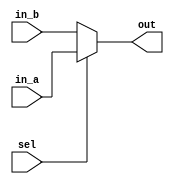
// 55:035 sisc processor project
// 32-bit mux

`timescale 1ns/100ps

module mux32 (in_a, in_b, sel, out);

  /*
   *  32-BIT MULTIPLEXER - mux32.v
   *
   *  Inputs:
   *   - in_a (32 bits): First input to multiplexer. Selected when sel = 1.
   *   - in_b (32 bits): Second input. Selected when sel = 0.
   *   - sel: Selects which input propagates to output.
   *
   *  Outputs:
   *   - out (32 bits): Multiplexer output.
   *
   */

  input  [31:0] in_a;
  input  [31:0] in_b;
  input         sel;
  output [31:0] out;

  reg   [31:0] outreg;
   
  always @ (in_a, in_b, sel)
  begin
    if (sel == 1'b1)
      outreg = in_a;
    else
      outreg = in_b;
  end

  assign out = outreg;

endmodule